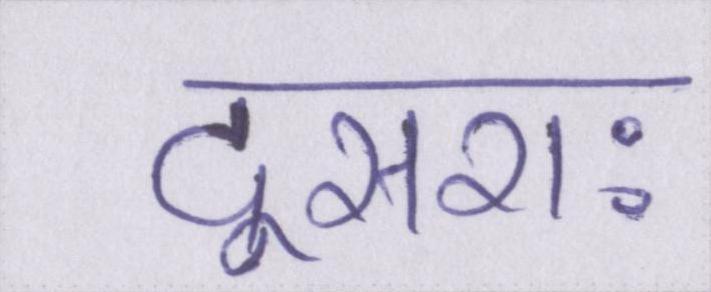
दूसराः